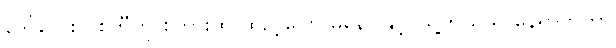
ဒေါ်လေး ပစ်တီကို စကားထဲ ထည့်ပြော မနေပါနှင့်၊ သူ့ကိုယ်သူ နေရာတကာ